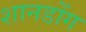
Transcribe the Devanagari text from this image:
शानडोंग